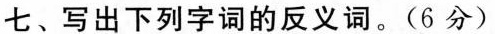
七、写出下列字词的反义词。(6分)